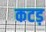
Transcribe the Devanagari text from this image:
कटड़